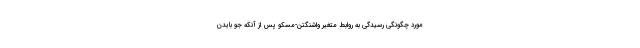
مورد چگونگی رسیدگی به روابط متغیر واشنگتن-مسکو پس از آنکه جو بایدن